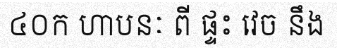
៤០ក ហាបនៈ ពី ផ្ទះ វេច នឹង